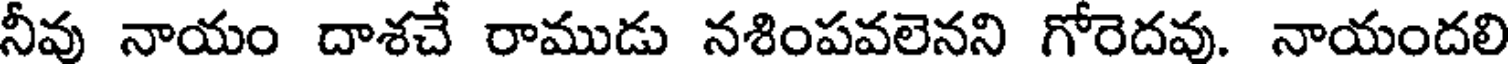
నీవు నాయం దాశచే రాముడు నశింపవలెనని గోరెదవు. నాయందలి